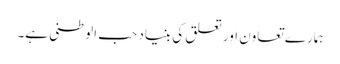
ہمارے تعاون اور تعلق کی بنیاد حب الوطنی ہے۔